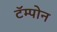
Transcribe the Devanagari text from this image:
टॅम्पोन